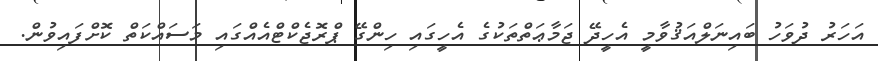
އަހަރު ދުވަހު ބައިނަލްއަޤުވާމީ އެހީދޭ ޖަމާޢަތްތަކުގެ އެހީގައި ހިންގޭ ޕްރޮޖެކްޓްއެއްގައި މަސައްކަތް ކޮށްފައިވުން.